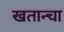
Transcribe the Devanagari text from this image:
खतान्चा